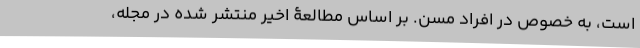
است، به خصوص در افراد مسن. بر اساس مطالعۀ اخیر منتشر شده در مجله،